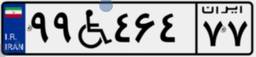
۹۹W۴۶۴۷۷